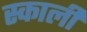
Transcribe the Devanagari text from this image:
स्काली